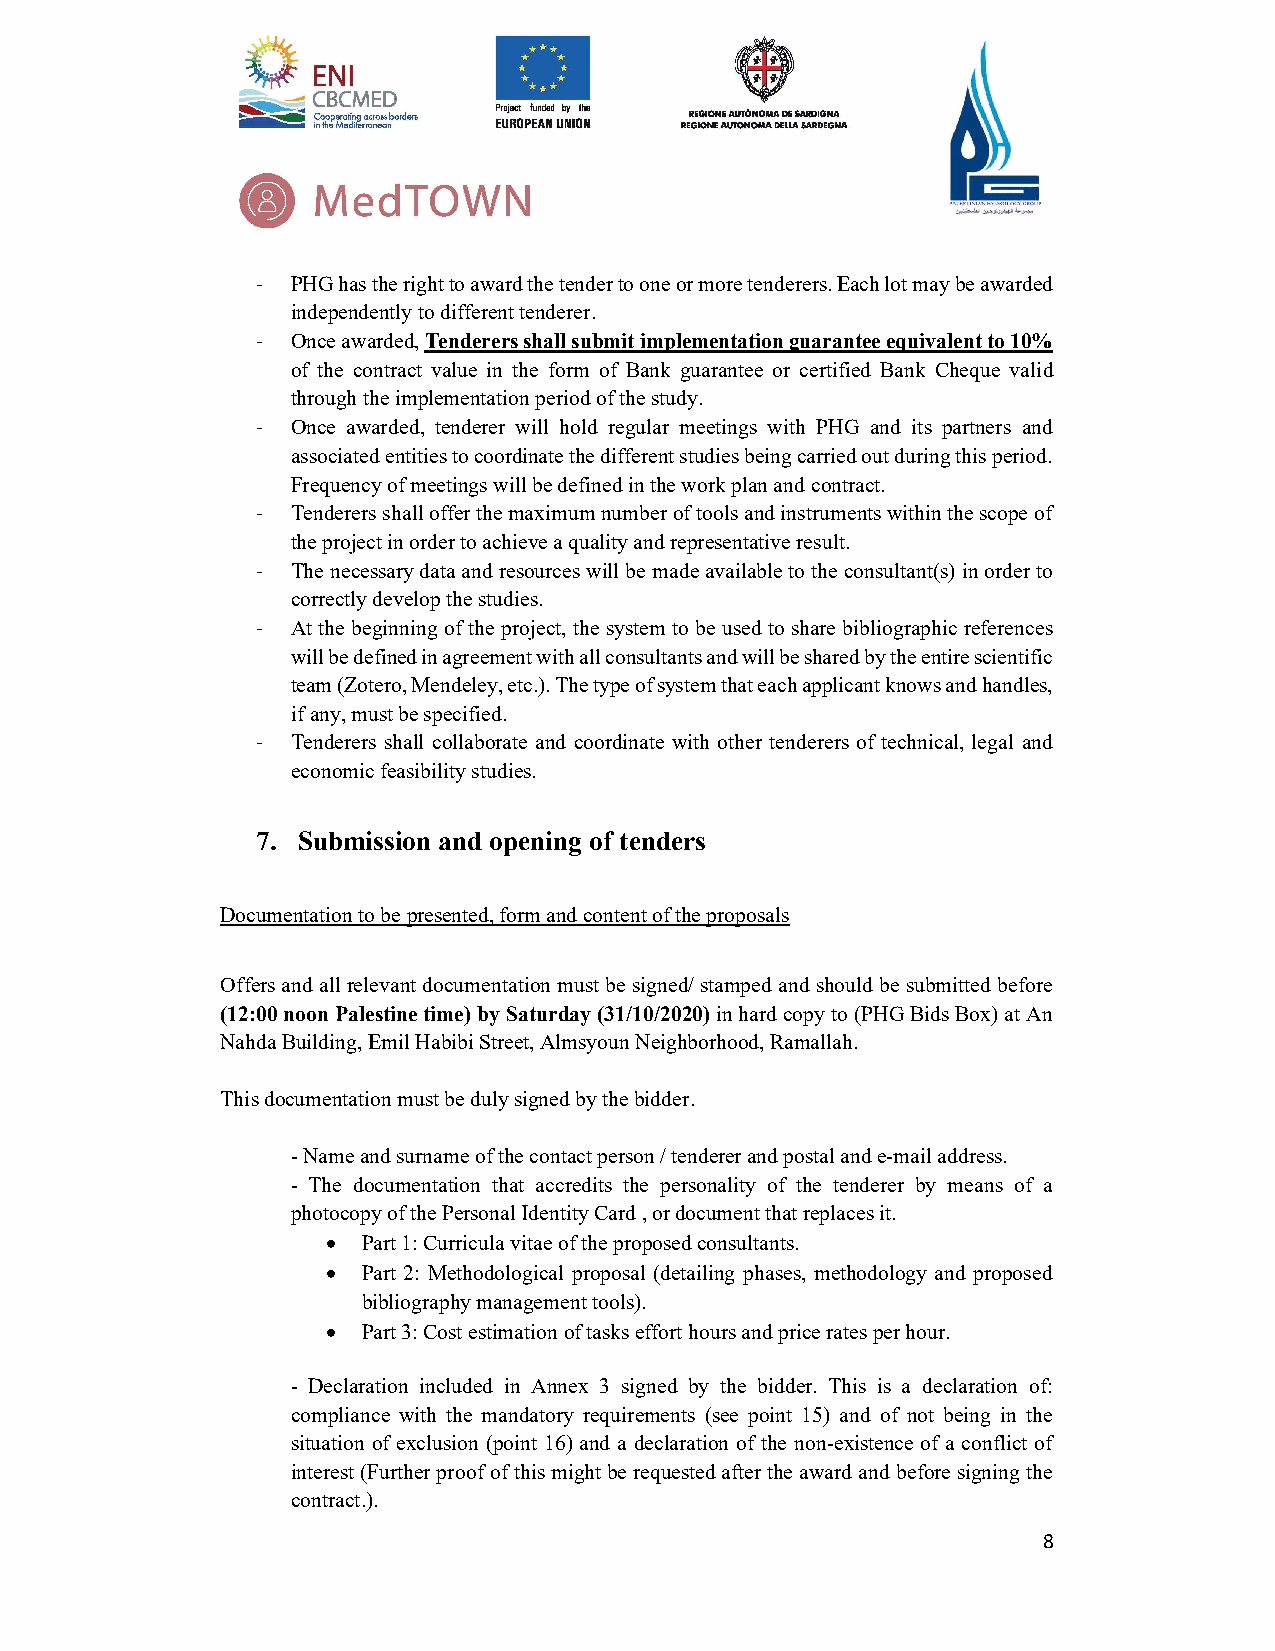
- PHG has the right to award the tender to one or more tenderers. Each lot may be awarded
 independently to different tenderer.
 - Once awarded, Tenderers shall submit implementation guarantee equivalent to 10%
 of the contract value in the form of Bank guarantee or certified Bank Cheque valid
 through the implementation period of the study.
 - Once awarded, tenderer will hold regular meetings with PHG and its partners and
 associated entities to coordinate the different studies being carried out during this period.
 Frequency of meetings will be defined in the work plan and contract.
 - Tenderers shall offer the maximum number of tools and instruments within the scope of
 the project in order to achieve a quality and representative result.
 - The necessary data and resources will be made available to the consultant(s) in order to
 correctly develop the studies.
 - At the beginning of the project, the system to be used to share bibliographic references
 will be defined in agreement with all consultants and will be shared by the entire scientific
 team (Zotero, Mendeley, etc.). The type of system that each applicant knows and handles,
 if any, must be specified.
 - Tenderers shall collaborate and coordinate with other tenderers of technical, legal and
 economic feasibility studies.
 7. Submission and opening of tenders
 Documentation to be presented, form and content of the proposals
 Offers and all relevant documentation must be signed/ stamped and should be submitted before
 (12:00 noon Palestine time) by Saturday (31/10/2020) in hard copy to (PHG Bids Box) at An
 Nahda Building, Emil Habibi Street, Almsyoun Neighborhood, Ramallah.
 This documentation must be duly signed by the bidder.
 - Name and surname of the contact person / tenderer and postal and e-mail address.
 - The documentation that accredits the personality of the tenderer by means of a
 photocopy of the Personal Identity Card , or document that replaces it.
  Part 1: Curricula vitae of the proposed consultants.
  Part 2: Methodological proposal (detailing phases, methodology and proposed
 bibliography management tools).
  Part 3: Cost estimation of tasks effort hours and price rates per hour.
 - Declaration included in Annex 3 signed by the bidder. This is a declaration of:
 compliance with the mandatory requirements (see point 15) and of not being in the
 situation of exclusion (point 16) and a declaration of the non-existence of a conflict of
 interest (Further proof of this might be requested after the award and before signing the
 contract.).
 8